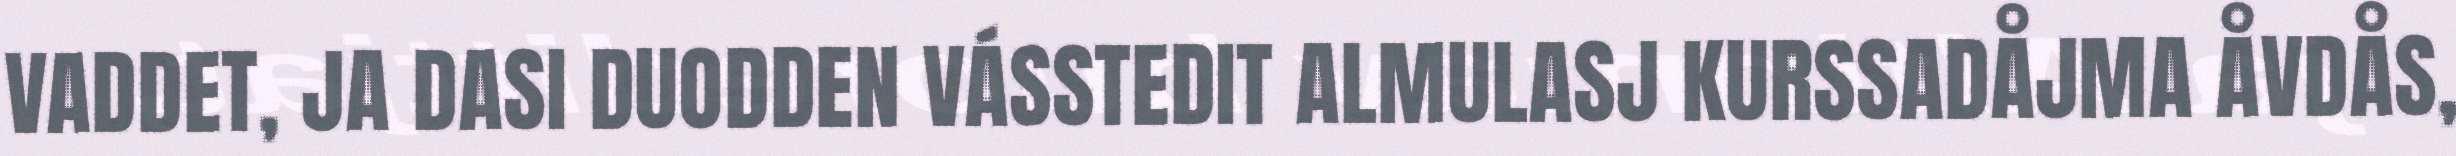
VADDET, JA DASI DUODDEN VÁSSTEDIT ALMULASJ KURSSADÅJMA ÅVDÅS,